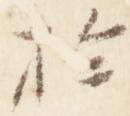
於